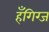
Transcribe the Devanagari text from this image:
हँगिग्ज